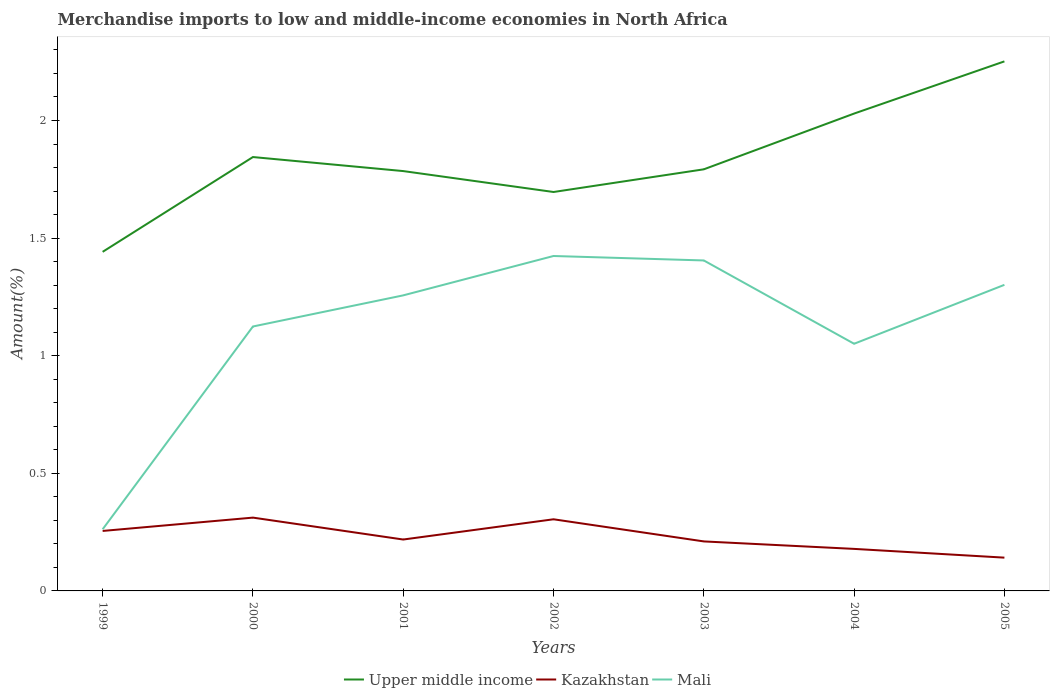
| Years | Upper middle income | Kazakhstan | Mali |
 | --- | --- | --- | --- |
 | 1999 | 1.44 | 0.255 | 0.262 |
 | 2000 | 1.84 | 0.312 | 1.12 |
 | 2001 | 1.78 | 0.218 | 1.26 |
 | 2002 | 1.7 | 0.305 | 1.42 |
 | 2003 | 1.79 | 0.21 | 1.4 |
 | 2004 | 2.03 | 0.179 | 1.05 |
 | 2005 | 2.25 | 0.141 | 1.3 |